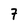
Character: 7